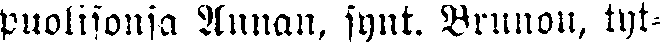
puolisonsa Annan, synt. Brunou, tyt-